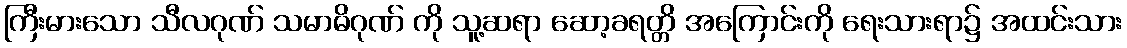
ကြီးမားသော သီလဂုဏ် သမာဓိဂုဏ် ကို သူ့ဆရာ ဆော့ခရတ္တိ အကြောင်းကို ရေးသားရာ၌ အထင်းသား